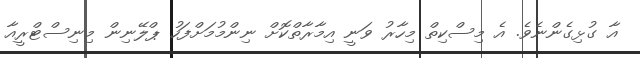
އާ ގުޅިގެންނެވެ. އެ މިސްކިތް މިހާރު ވަނީ އިމާރާތްކޮށް ނިންމުމަށްފަހު ޕްލޭނިން މިނިސްޓްރީއާ